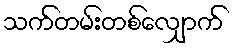
သက်တမ်းတစ်လျှောက်